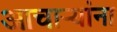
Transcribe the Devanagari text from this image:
आचार्‍यांना